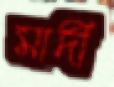
মাদী